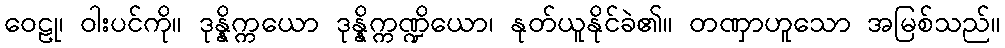
ဝေဠု၊ ဝါးပင်ကို။ ဒုန္နိက္ကယော ဒုန္နိက္ကဏ္ဍိယော၊ နုတ်ယူနိုင်ခဲ၏။ တဏှာဟူသော အမြစ်သည်။